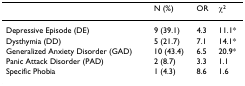
<table><thead><tr><td></td><td><b>N (%)</b></td><td><b>OR</b></td><td><b>χ<sup>2</sup></b></td></tr></thead><tbody><tr><td>Depressive Episode (DE)</td><td>9 (39.1)</td><td>4.3</td><td>11.1*</td></tr><tr><td>Dysthymia (DD)</td><td>5 (21.7)</td><td>7.1</td><td>14.1*</td></tr><tr><td>Generalized Anxiety Disorder (GAD)</td><td>10 (43.4)</td><td>6.5</td><td>20.9*</td></tr><tr><td>Panic Attack Disorder (PAD)</td><td>2 (8.7)</td><td>3.3</td><td>1.1</td></tr><tr><td>Specific Phobia</td><td>1 (4.3)</td><td>8.6</td><td>1.6</td></tr></tbody></table>